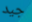
جيد